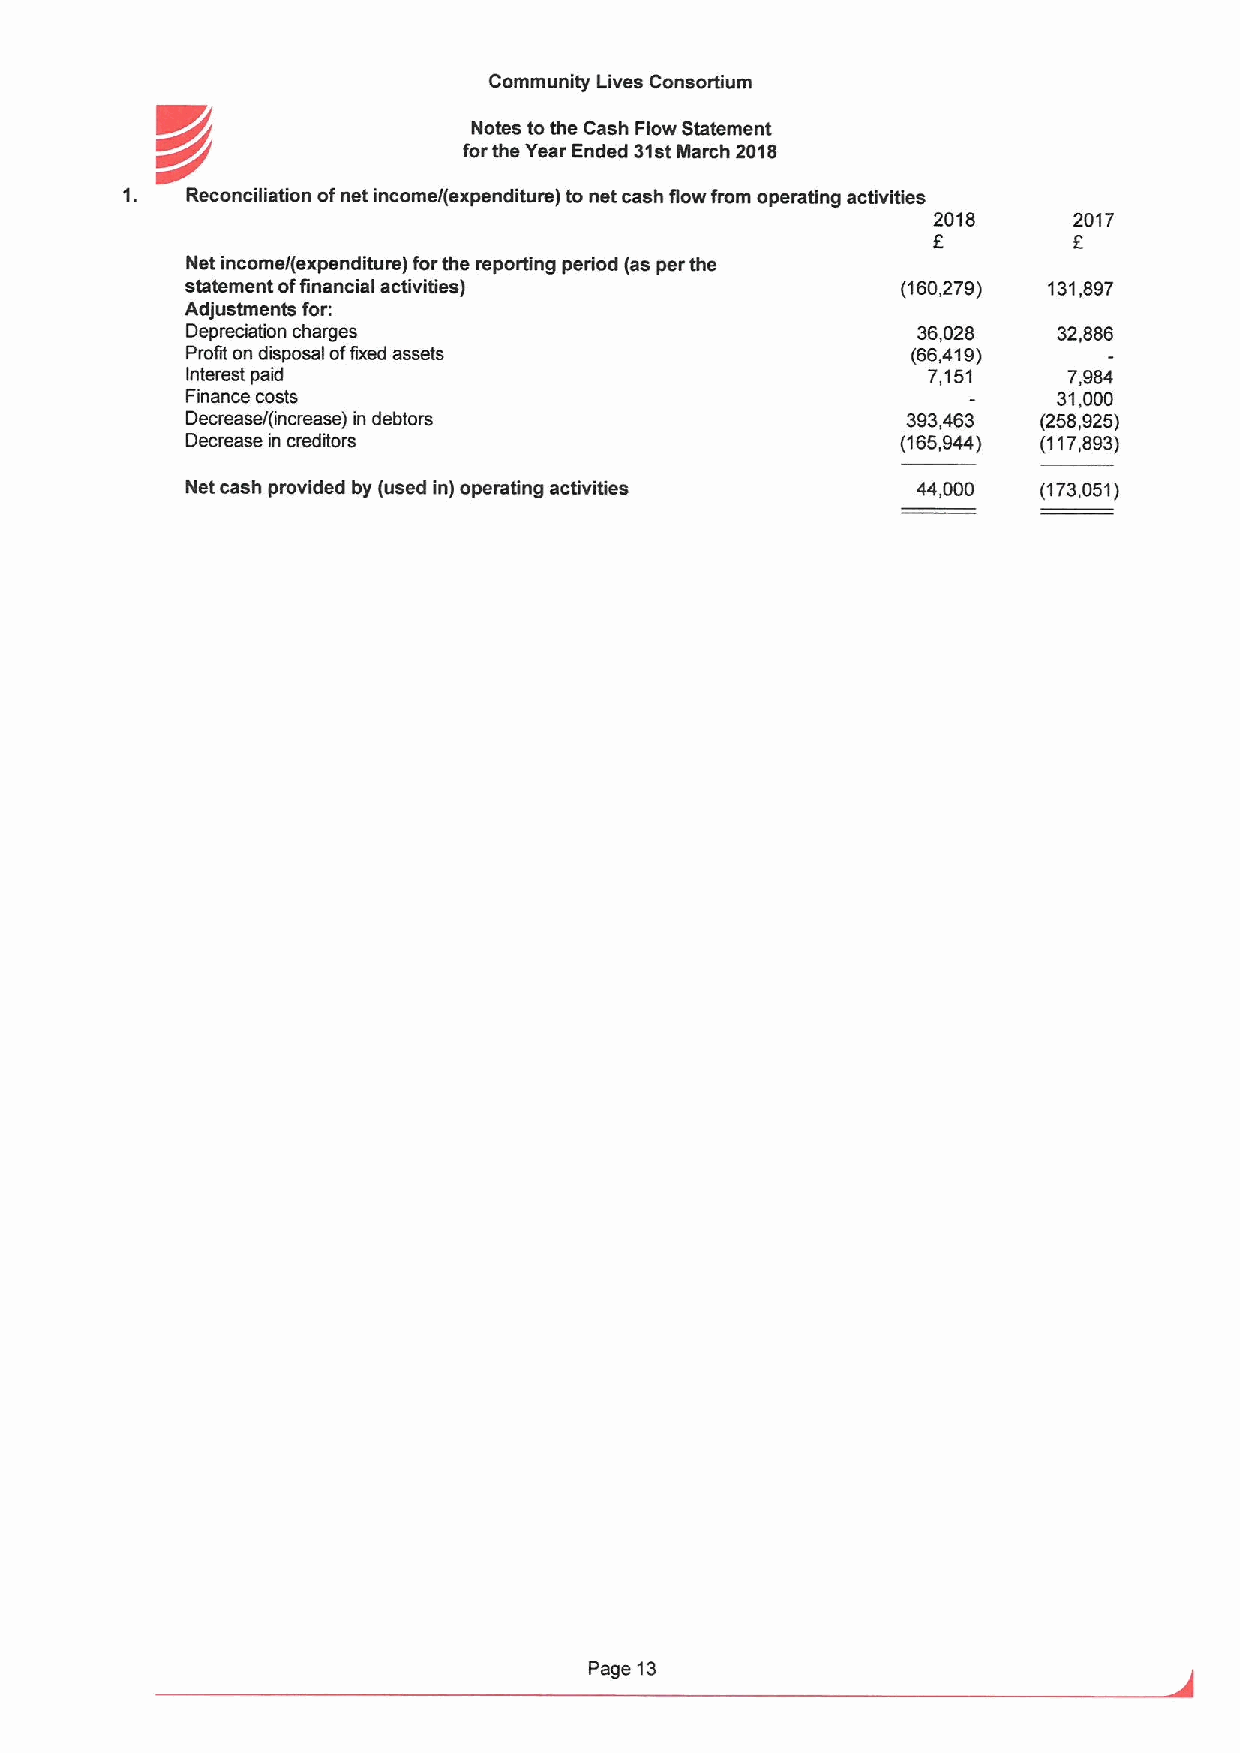
Community Lives Consortium
 K/~                  Notes tothe Cash Flow Statement
 forthe Year Ended 31stMarch 2018
 1.  Reconciliation ofnet income/(expenditure) to net cash flow from operating activities
 2018     2017
 8        8
 Net income/(expenditure) forthe reporting period (as per the
 statement offinancial activities)               (160,279) 131,897
 Adjustments for:
 Depreciation charges                             36,028   32,886
 Profit on disposal offixed assets               (66,419)
 Interest paid                                    7,151     7,984
 Finance costs                                             31,000
 Decrease/(increase) in debtors                  393,463  (258,925)
 Decrease in creditors                           (165,944) (117,893)
 Net cash provided by (used in) operating activities 44,000 (173,051)
 Page 13